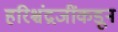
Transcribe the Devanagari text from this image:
हरिश्चंद्रजींकडून